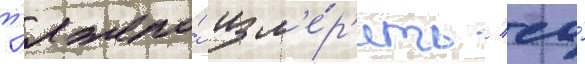
т'яжело́ изм'е́р'ить / ео́